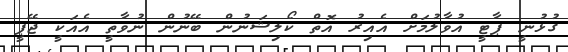
ގުޅުނީ ޕާޓީ އުވާލުމަށް އެއިރު އޮތް ކޯލިޝަނުން ބޭނުން ނުވާތީ އެއަކީ ޖޭޕީ